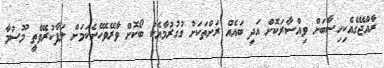
ރާއްޖޭގެއެކިހިސާބަށް ވިއްސާރަކޮށް އަދި ބައެއް ރަށްތަކަށް ގުގުރުމާއެކު ބޯކޮށް ވާރޭވެހޭނެކަމަށް ލަފާކުރެވޭތީ މޫސުމާ